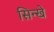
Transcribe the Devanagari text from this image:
सिन्खे